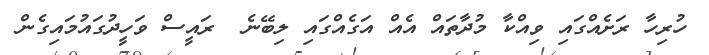
ހުރިހާ ރަށެއްގައި ވިއްކާ މުދާތައް އެއް އަގެއްގައި ލިބޭނެ  ރައީސް ވަހީދުގައުމައިގެން